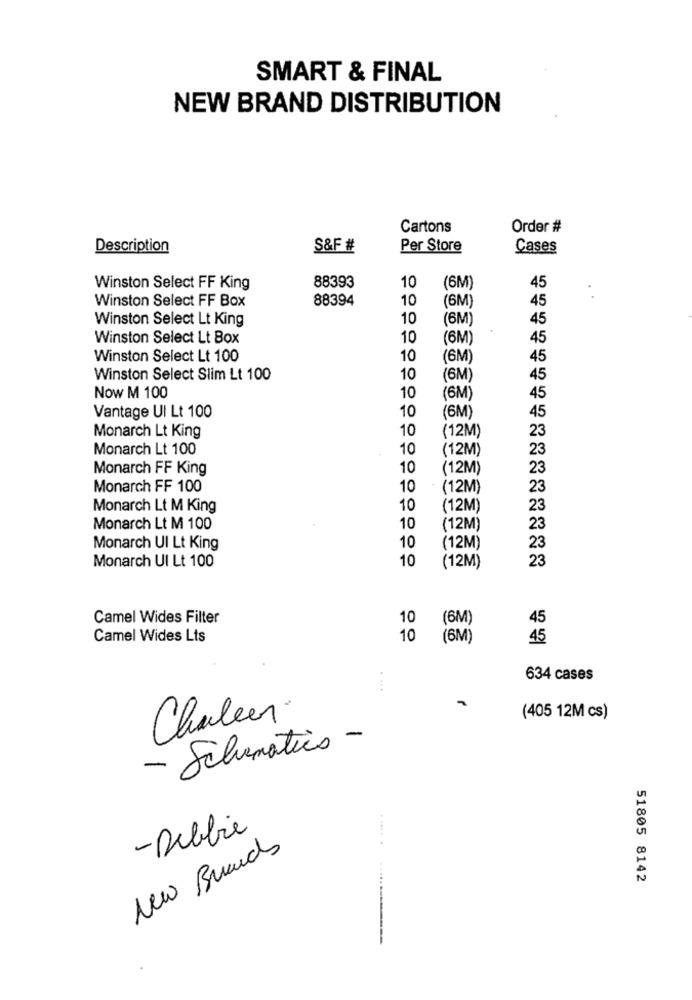
SMART & FINAL
NEW BRAND DISTRIBUTION
Cartons
Order #
Description
S&F #
Per Store
Cases
Winston Select FF King
88393
10
(6M)
45
Winston Select FF Box
88394
10
(6M)
45
Winston Select Lt King
10
(6M)
45
Winston Select Lt Box
10
(6M)
45
Winston Select Lt 100
10
(6M)
45
Winston Select Slim Lt 100
10
(6M)
45
Now M 100
10
(6M)
45
10
Vantage Ul Lt 100
(6M)
45
10
(12M)
23
Monarch Lt King
Monarch Lt 100
10
(12M)
23
Monarch FF King
10
(12M)
23
Monarch FF 100
10
(12M)
23
Monarch Lt M King
10
(12M)
23
Monarch Lt M 100
10
(12M)
23
Monarch Ul Lt King
10
(12M)
23
10
23
Monarch Ul Lt 100
(12M)
Camel Wides Filter
10
(6M)
45
Camel Wides Lts
10
(6M)
45
634 cases
Challen.
(405 12M cs)
- Schematics -
- Debbie
New Brands
......
51805 8142